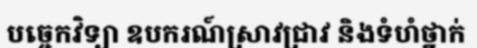
បច្ចេកវិទ្យា ឧបករណ៍ស្រាវជ្រាវ និងទំហំថ្នាក់